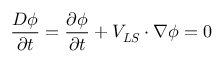
\frac { D \phi } { \partial t } = \frac { \partial \phi } { \partial t } + \boldsymbol { V _ { L S } } \cdot \nabla \phi = 0